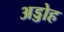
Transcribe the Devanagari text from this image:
अड्डोह